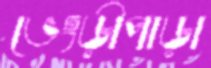
ভেংড়ীপাড়া